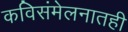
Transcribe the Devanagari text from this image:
कविसंमेलनातही